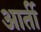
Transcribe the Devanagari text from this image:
आर्ती